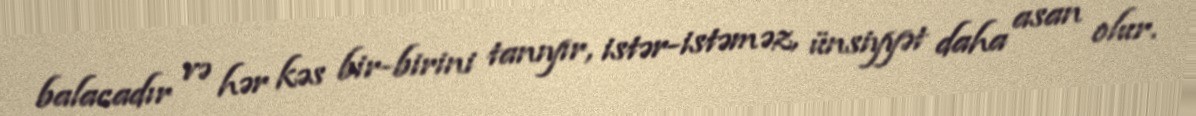
balacadır və hər kəs bir-birini tanıyır, istər-istəməz, ünsiyyət daha asan olur.